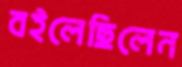
বইলেছিলেন